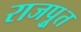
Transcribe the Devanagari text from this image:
राजपूुत